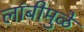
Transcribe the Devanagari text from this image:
लांबीमुळे